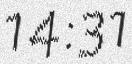
14:31